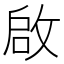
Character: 啟